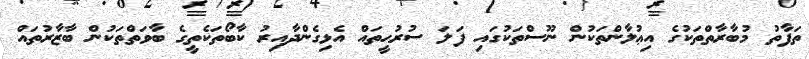
ތަފާތު މުބާރާތްތަކުގެ އިޢުލާންތަކުން ނޫސްތަކުގައި ފަލަ ސުރުޙީތައް އެޅިގެންދާއިރު ކާބޯތަކެތީގެ ބާވަތްތަކުން ބާޒާރުތައް